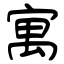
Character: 寓